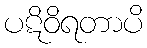
ပဋိဝိရတာပိ